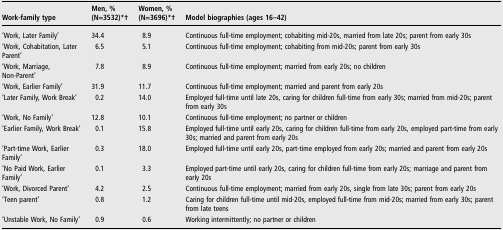
| Work-family type | Men, % (N=3532)*† | Women, % (N=3696)*† | Model biographies (ages 16–42) |
 | --- | --- | --- | --- |
 | ‘Work, Later Family’ | 34.4 | 8.9 | Continuous full-time employment; cohabiting mid-20s, married from late 20s; parent from early 30s |
 | ‘Work, Cohabitation, Later Parent’ | 6.5 | 5.1 | Continuous full-time employment; cohabiting from mid-20s; parent from early 30s |
 | ‘Work, Marriage, Non-Parent’ | 7.8 | 8.9 | Continuous full-time employment; married from early 20s; no children |
 | ‘Work, Earlier Family’ | 31.9 | 11.7 | Continuous full-time employment; married and parent from early 20s |
 | ‘Later Family, Work Break’ | 0.2 | 14.0 | Employed full-time until late 20s, caring for children full-time from early 30s; married from mid-20s; parent from early 30s |
 | ‘Work, No Family’ | 12.8 | 10.1 | Continuous full-time employment; no partner or children |
 | ‘Earlier Family, Work Break’ | 0.1 | 15.8 | Employed full-time until early 20s, caring for children full-time from early 20s, employed part-time from early 30s; married and parent from early 20s |
 | ‘Part-time Work, Earlier Family’ | 0.3 | 18.0 | Employed full-time until early 20s, part-time employed from early 20s; married and parent from early 20s |
 | ‘No Paid Work, Earlier Family’ | 0.1 | 3.3 | Employed part-time until early 20s, caring for children full-time from early 20s; marriage and parent from early 20s |
 | ‘Work, Divorced Parent’ | 4.2 | 2.5 | Continuous full-time employment; married from early 20s, single from late 30s; parent from early 20s |
 | ‘Teen parent’ | 0.8 | 1.2 | Caring for children full-time until mid-20s, employed full-time from mid-20s; married from early 30s; parent from late teens |
 | ‘Unstable Work, No Family’ | 0.9 | 0.6 | Working intermittently; no partner or children |